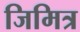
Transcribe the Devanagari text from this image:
जिमित्र